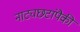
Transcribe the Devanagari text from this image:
नाट्यछटांपैकी